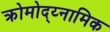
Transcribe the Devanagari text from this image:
क्रोमोद्य्नामिक